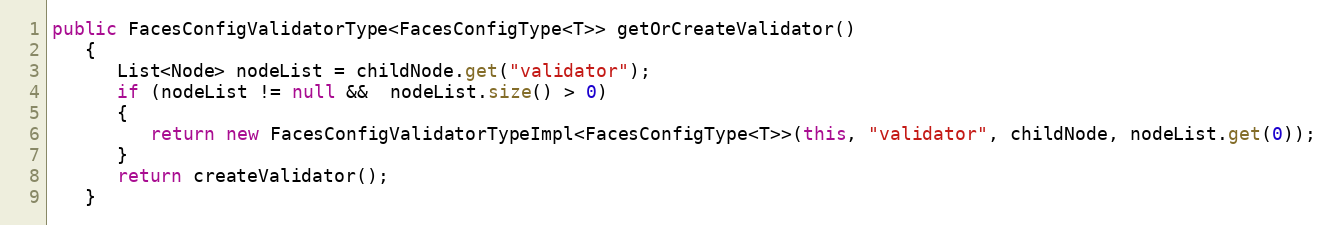
Language: Java
public FacesConfigValidatorType<FacesConfigType<T>> getOrCreateValidator()
   {
      List<Node> nodeList = childNode.get("validator");
      if (nodeList != null &&  nodeList.size() > 0)
      {
         return new FacesConfigValidatorTypeImpl<FacesConfigType<T>>(this, "validator", childNode, nodeList.get(0));
      }
      return createValidator();
   }